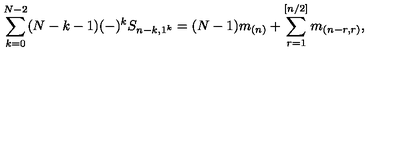
\sum _ { k = 0 } ^ { N - 2 } ( N - k - 1 ) ( - ) ^ { k } S _ { n - k , 1 ^ { k } } = ( N - 1 ) m _ { ( n ) } + \sum _ { r = 1 } ^ { [ n / 2 ] } m _ { ( n - r , r ) } , \nonumber